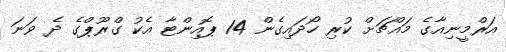
އަރްމީނިއާގެ މައްޗަށް ކުރި ހޯދައިގެން 14 ޕޮއިންޓާ އެކު ގްރޫޕްގެ ދެ ވަނަ